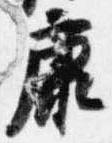
康